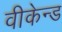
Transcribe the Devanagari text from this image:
वीकेन्ड